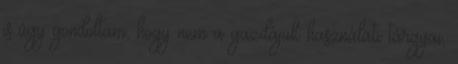
is úgy gondoltam, hogy nem a gazdájuk használati tárgyai,